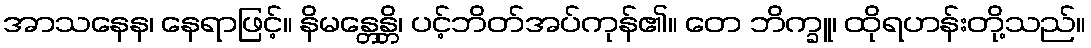
အာသနေန၊ နေရာဖြင့်။ နိမန္တေန္တိ၊ ပင့်ဘိတ်အပ်ကုန်၏။ တေ ဘိက္ခူ၊ ထိုရဟန်းတို့သည်။